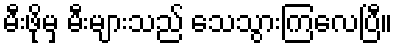
မီးဖိုမှ မီးများသည် သေသွားကြလေပြီ။